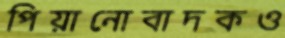
পিয়ানোবাদকও